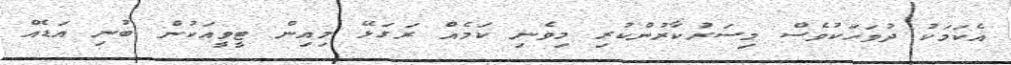
އެކަމަކު ދުވަހަކުވެސް މިސަރުކާރުންކުރި މިވެނި ކަމެއް ރަގަޅޭ މިއިން ޓީވީއަކުން ބުނި އަޑެއް